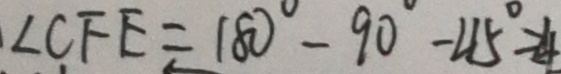
\angle C F E = 1 8 0 ^ { \circ } - 9 0 ^ { \circ } - 4 5 ^ { \circ } = 4